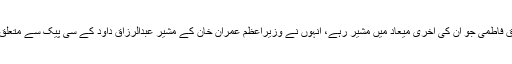
احتساب جج کی آمد سے قبل طارق فاطمی جو ان کی آخری میعاد میں مشیر رہے، انہوں نے وزیراعظم عمران خان کے مشیر عبدالرزاق داؤد کے سی پیک سے متعلق متازع بیان پر انہیں بریفنگ دی۔